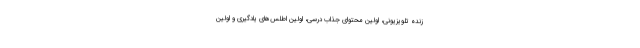
زنده تلویزیونی، اولین محتوای جذاب درسی، اولین اطلس‌های یادگیری و اولین